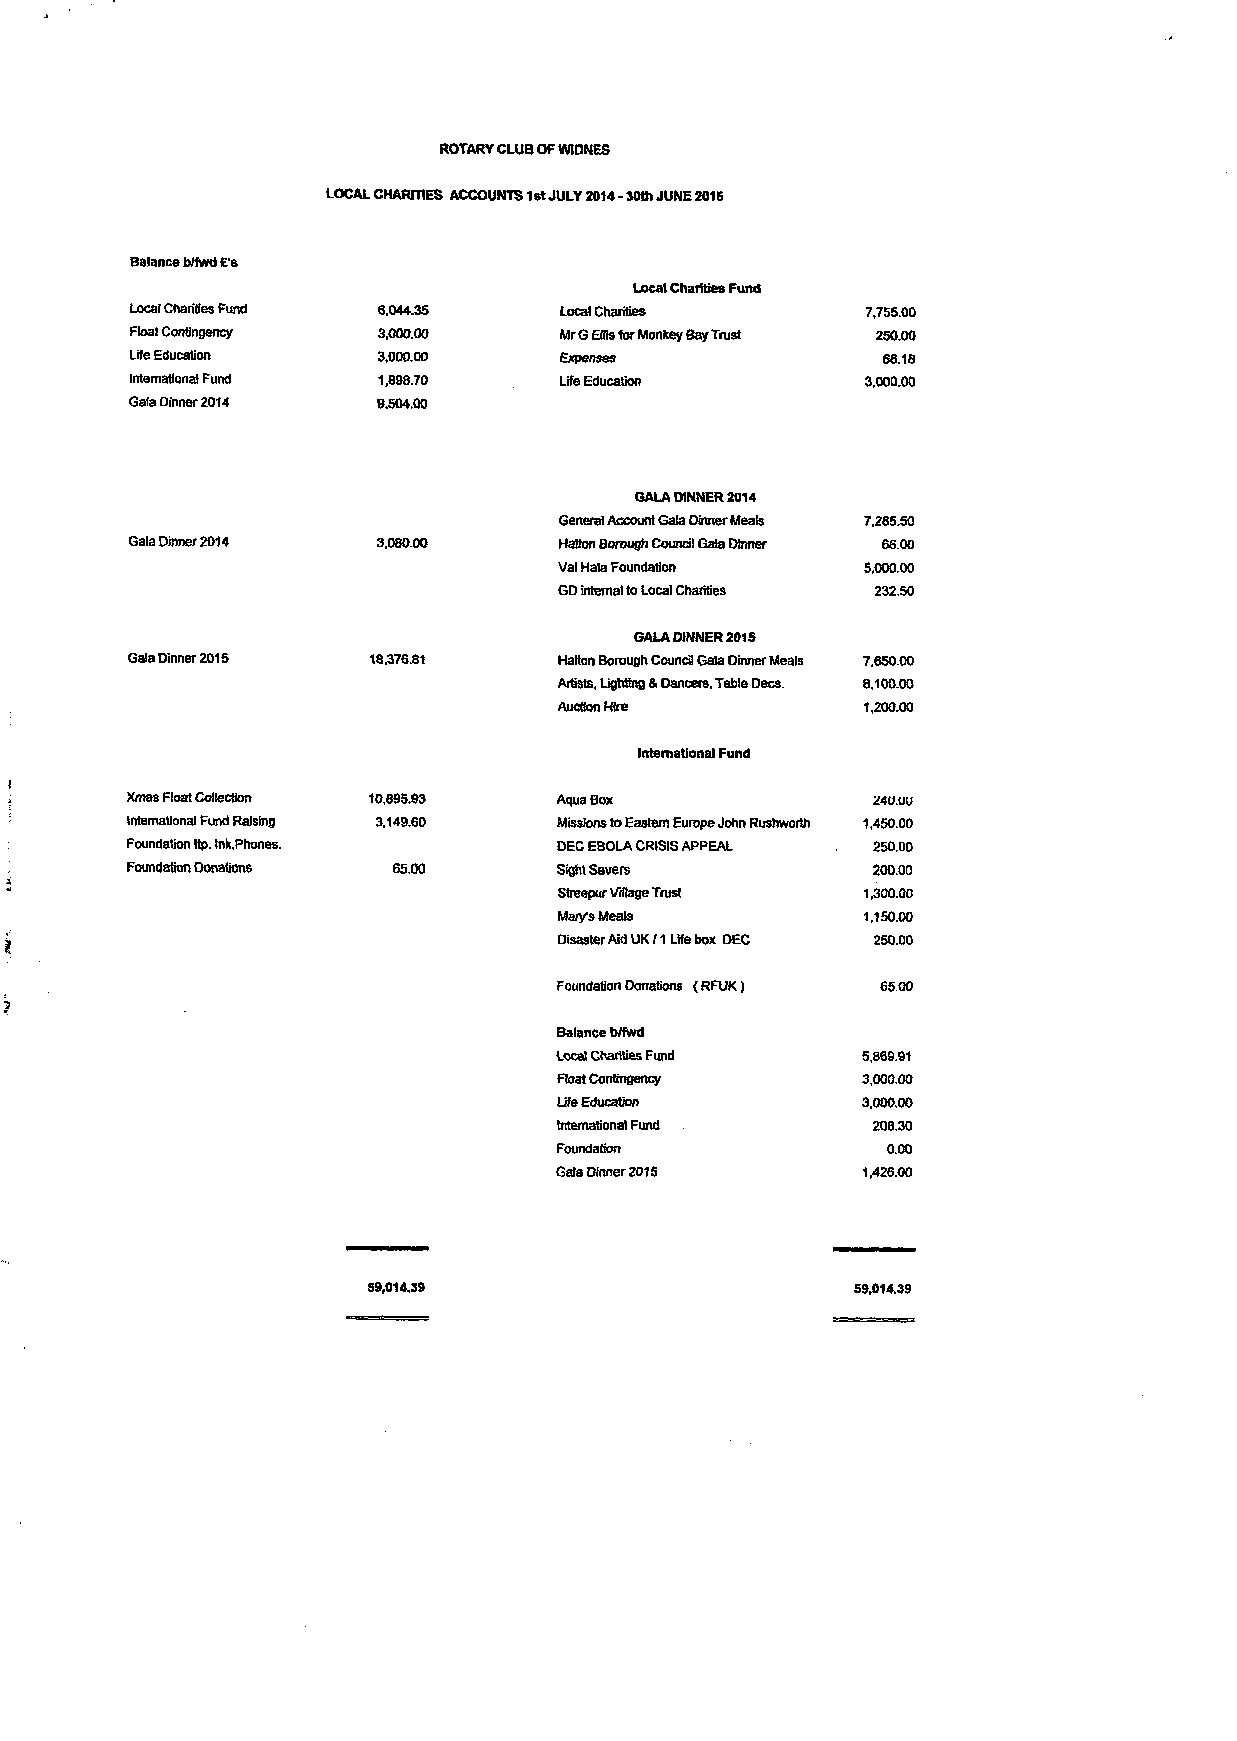
ROTARY CLUB OF WIDNES
 LOCAL CHARITIES ACCOUNTS 1st JULY 2014 - 30th JUNE 2015
 Balance bffwd E's
 Local Charities Fund
 Local Charities Fund 6.044.35 Local Charities   7,755.00
 Float Contingency 3,000.00  Mr G Ellis for Monkey Bay Trust 250.00
 Life Education  3,000.00                         68.18
 International Fund 1,898.70 Life Education      3,000.00
 Gala Dinner 2014 9.504.00
 GALA DINNER 2014
 General Account Gala Dinner Meals 7,285.50
 Gala Dinner 2014 3,080.00   Halton Borough Council Gala Dinner 66.00
 Val Hala Foundation 5,000.00
 GD intemal to Local Charities 232.50
 GALA DINNER 2015
 Gala Dinner 2015 18.37831    Halton Borough CouncB Gala Dinner Meals 7,650.00
 Artists, Lighting & Dancers, Table Decs. 8,100.00
 Auction Hire        1,200.00
 Intemational Fund
 Xmas Float Collection 10,895.93 Aqua Box          24U.UU
 International Fund Raising 3,149.60 Missions to Eastem Europe John Rushworth 1,450.00
 Foundation Itp. Ink,Phones.  DEC EBOLA CRISIS APPEAL 250.00
 Foundation Donations 65.00   Sight Savers         200.00
 Streepur Village Trust 1,300.00
 Mary's Meals        1.150.00
 Disaster Aid UK /1 Life box DEC 250.00
 Foundation Donations (RFUK) 65.00
 Balance b/fwd
 Local Charities Fund 5,869.91
 Float Contingency   3,000.00
 Life Education      3.000.00
 Intemational Fund    208.30
 Foundalion            0.00
 Gala Dinner 2015    1,426.00
 59,014.39                       59,014.39